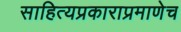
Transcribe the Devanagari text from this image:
साहित्यप्रकाराप्रमाणेच